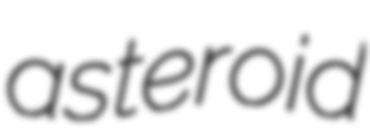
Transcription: asteroid